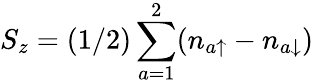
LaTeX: S_{z}=(1/2)\sum_{a=1}^{2}(n_{a\uparrow}-n_{a\downarrow})